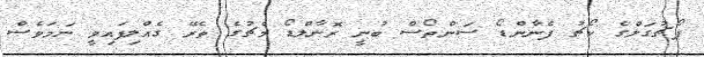
ޕޯޗުގަލްގެ ކޯޗު ފެނާންޑޯ ސަންތޯސް ބުނީ ރޮނާލްޑޯ މެޗުގެ ތެރޭ ގެއްލިފައިވީ ނަމަވެސް